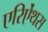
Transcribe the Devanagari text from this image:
एरिऐंथस